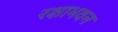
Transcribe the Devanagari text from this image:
रक्षाभवन